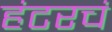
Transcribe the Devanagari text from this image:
हंटरचं